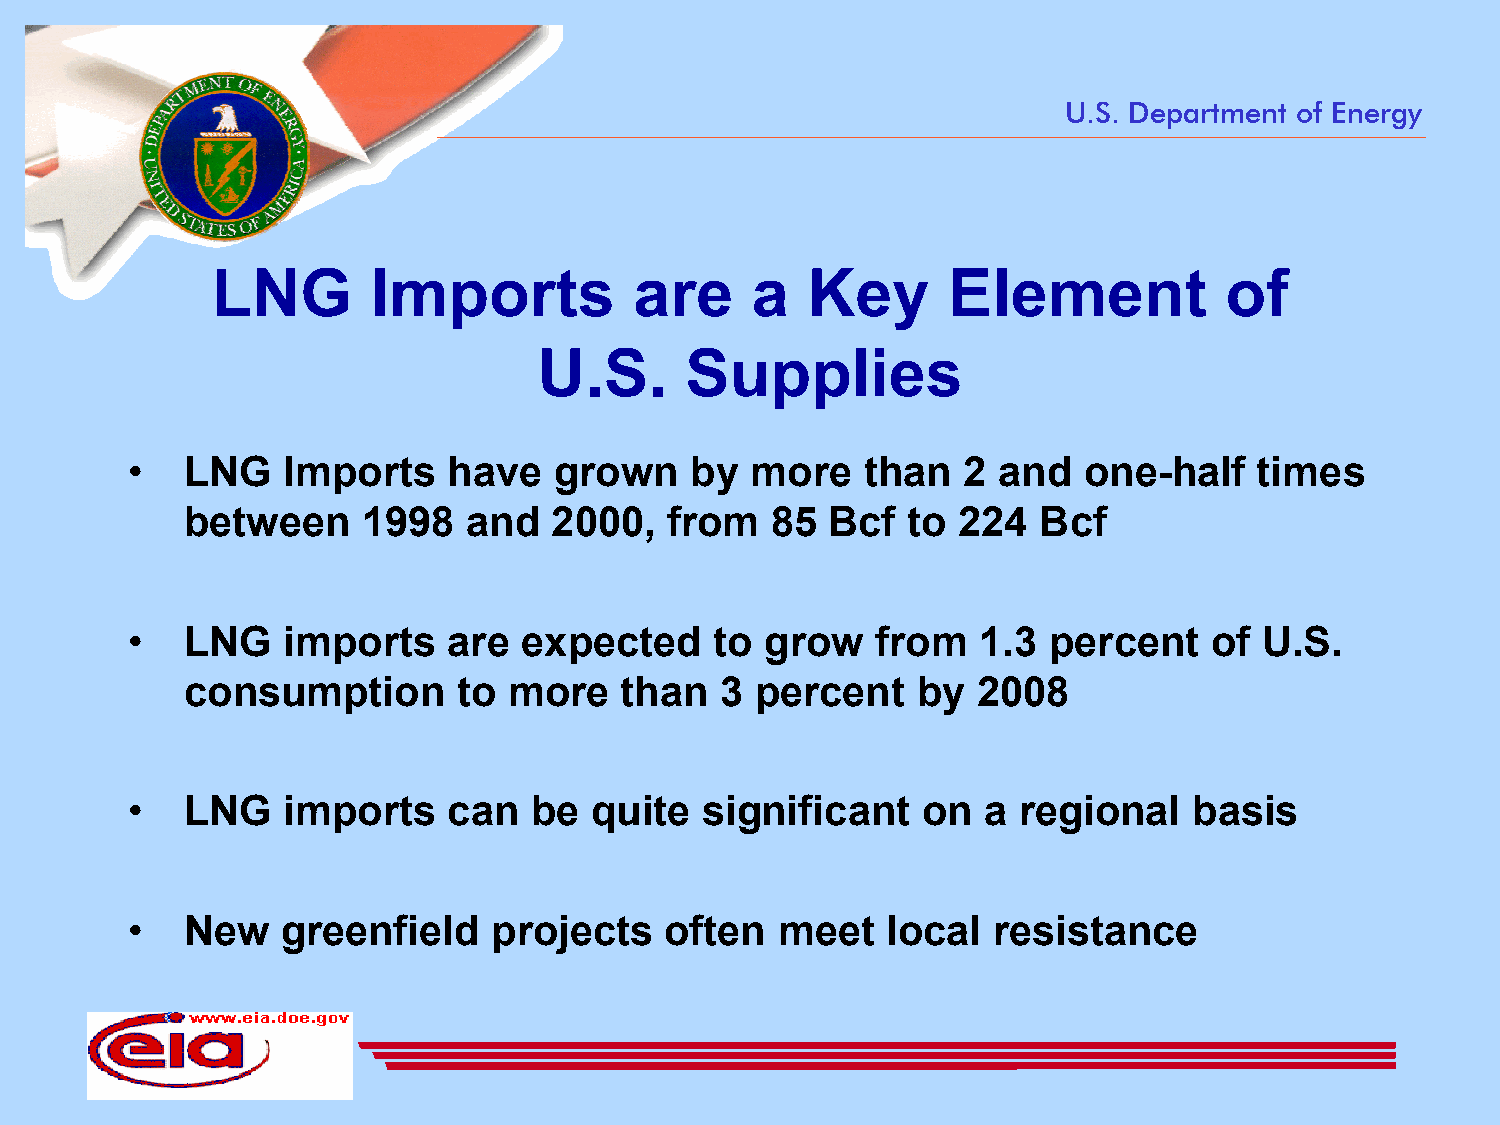
U.S. Department of Energy
 LNG        Imports          are     a  Key       Element           of
 U.S.     Supplies
 •   LNG    Imports    have   grown    by  more   than   2 and   one-half   times
 between     1998   and  2000,   from   85  Bcf  to 224   Bcf
 •   LNG    imports    are expected     to  grow   from   1.3 percent    of U.S.
 consumption       to  more   than   3 percent    by  2008
 •   LNG    imports    can  be  quite  significant    on  a regional    basis
 •   New    greenfield   projects    often  meet    local  resistance